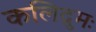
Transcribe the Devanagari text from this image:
कलिद्रुमः